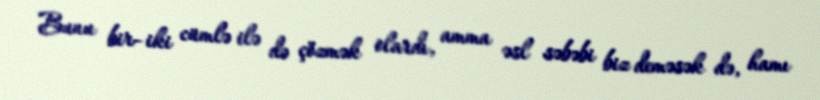
Bunu bir–iki cümlə ilə də çözmək olardı, amma əsl səbəbi biz deməsək də, hamı